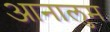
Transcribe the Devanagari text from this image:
आनालुम